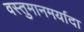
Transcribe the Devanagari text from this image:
वस्तुमानमर्यादा